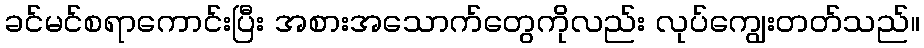
ခင်မင်စရာကောင်းပြီး အစားအသောက်တွေကိုလည်း လုပ်ကျွေးတတ်သည်။